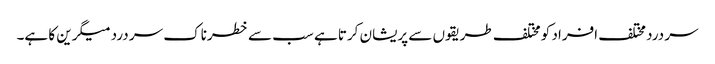
سر درد مختلف افراد کو مختلف طریقوں سے پریشان کرتا ہے سب سے خطرناک سر درد میگرین کا ہے۔